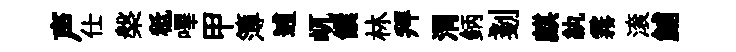
声仕槃秪嗶甲簿逋屼饌林拜渭鈵剗麒紈霧滚鯆